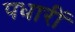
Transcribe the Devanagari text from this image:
पधारीं